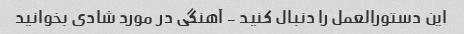
این دستورالعمل را دنبال کنید - آهنگی در مورد شادی بخوانید